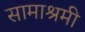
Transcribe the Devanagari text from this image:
सामाश्रमी